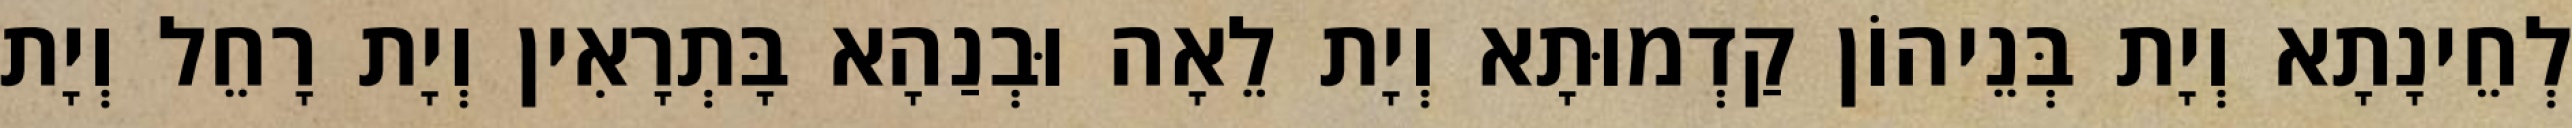
לְחֵינָתָא וְיָת בְּנֵיהוֹן קַדְמוּתָא וְיָת לֵאָה וּבְנַהָא בָּתְרָאִין וְיָת רָחֵל וְיָת